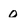
Character: o